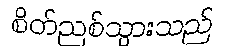
စိတ်ညစ်သွားသည်